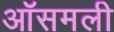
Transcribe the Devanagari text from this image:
ऑसमली